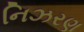
નિઝરણ